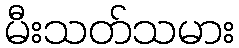
မီးသတ်သမား